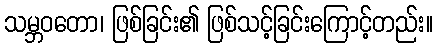
သမ္ဘဝတော၊ ဖြစ်ခြင်း၏ ဖြစ်သင့်ခြင်းကြောင့်တည်း။